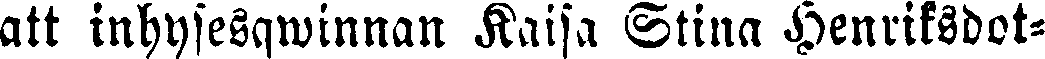
att inhysesqwinnan Kaisa Stina Henriksdot-